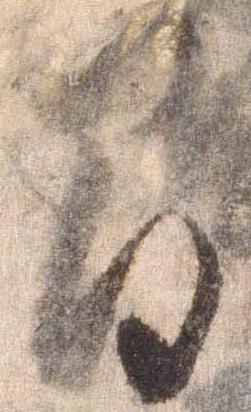
間